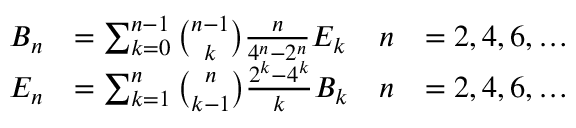
{ \begin{array} { r l r l } { B _ { n } } & { = \sum _ { k = 0 } ^ { n - 1 } { \binom { n - 1 } { k } } { \frac { n } { 4 ^ { n } - 2 ^ { n } } } E _ { k } } & { n } & { = 2 , 4 , 6 , \ldots } \\ { E _ { n } } & { = \sum _ { k = 1 } ^ { n } { \binom { n } { k - 1 } } { \frac { 2 ^ { k } - 4 ^ { k } } { k } } B _ { k } } & { n } & { = 2 , 4 , 6 , \ldots } \end{array} }